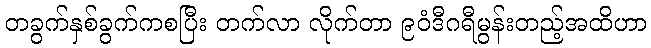
တခွက်နှစ်ခွက်ကစပြီး တက်လာ လိုက်တာ ၉၀ံဒီဂရီမွန်းတည့်အထိဟာ